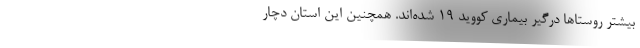
بیشتر روستاها درگیر بیماری کووید ۱۹ شده‌اند. همچنین این استان دچار